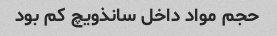
حجم مواد داخل سانذویچ کم بود